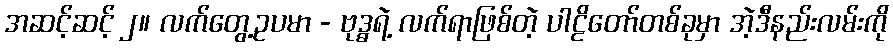
အဆင့်ဆင့် ၂။ လက်တွေ့ဥပမာ - ဗုဒ္ဓရဲ့ လက်ရာဖြစ်တဲ့ ပါဠိတော်တစ်ခုမှာ အဲ့ဒီနည်းလမ်းကို